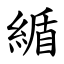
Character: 䋸